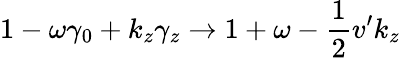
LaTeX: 1-\omega\gamma_{0}+k_{z}\gamma_{z}\rightarrow 1+\omega-\frac{1}{2}v^{\prime}k_{z}